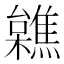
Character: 𣟼